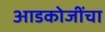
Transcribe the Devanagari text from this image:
आडकोजींचा